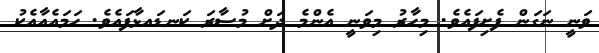
ވަނީ ނަގަން ފެށިފައެވެ. މިހާރު މިވަނީ އެންމެ ދަށް މުސާރަ ކަނޑައޅާފައެވެ. ހަމައެއާއެކު